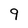
Character: 9